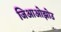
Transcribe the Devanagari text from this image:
जिआओझोउ